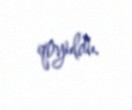
qoyuldu.